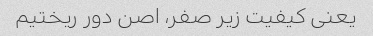
یعنی کیفیت زیر صفر، اصن دور ریختیم